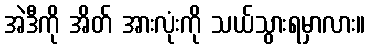
အဲဒီကို အိတ် အားလုံးကို သယ်သွားရမှာလား။